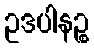
ဥဒပါနဉ္စ